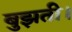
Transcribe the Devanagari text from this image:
बुझती।